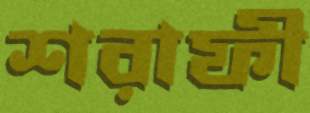
শরাফী